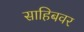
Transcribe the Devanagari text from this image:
साहिबवर